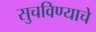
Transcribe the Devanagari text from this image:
सुचविण्याचे